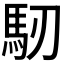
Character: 𩡲